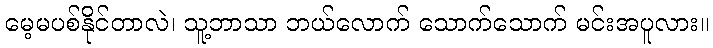
မေ့မပစ်နိုင်တာလဲ၊ သူ့ဘာသာ ဘယ်လောက် သောက်သောက် မင်းအပူလား။